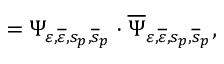
= \Psi _ { \varepsilon , \overline { { { \varepsilon } } } , s _ { p } , \overline { { { s } } } _ { p } } \cdot \overline { { { \Psi } } } _ { \varepsilon , \overline { { { \varepsilon } } } , s _ { p } , \overline { { { s } } } _ { p } } ,